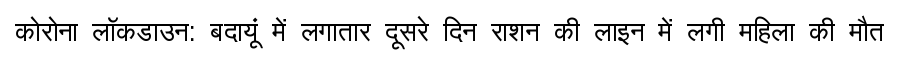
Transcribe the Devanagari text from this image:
कोरोना लॉकडाउन: बदायूं में लगातार दूसरे दिन राशन की लाइन में लगी महिला की मौत